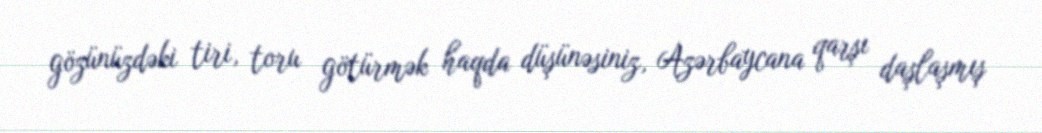
gözünüzdəki tiri, toru götürmək haqda düşünəsiniz, Azərbaycana qarşı daşlaşmış